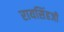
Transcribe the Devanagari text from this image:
रायसिंहजी